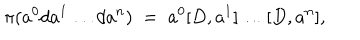
\pi ( a ^ { 0 } d a ^ { 1 } \ldots d a ^ { n } ) \; = \; a ^ { 0 } [ D , a ^ { 1 } ] \ldots [ D , a ^ { n } ] ,